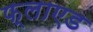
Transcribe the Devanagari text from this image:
फ्लाएड